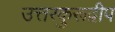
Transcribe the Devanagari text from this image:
उत्तरकुरूद्वीप